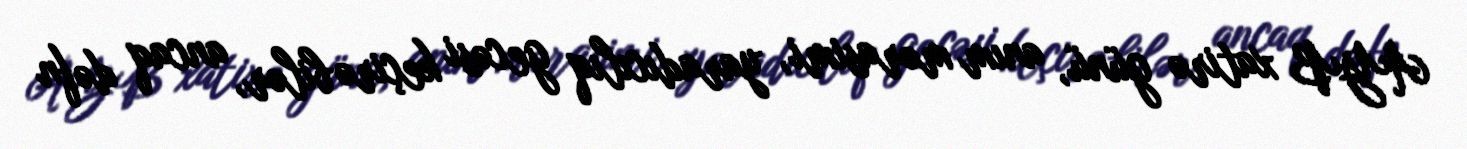
AYB xatirə günü, anım mərasimi, yaradıcılıq gecəsi keçirə bilər, ancaq dəfn